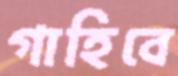
গাহিবে